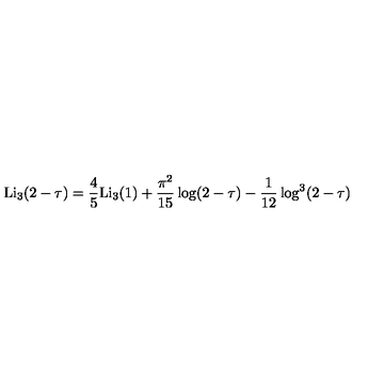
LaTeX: \mathrm { L i } _ { 3 } ( 2 - \tau ) = \frac { 4 } { 5 } \mathrm { L i } _ { 3 } ( 1 ) + \frac { \pi ^ { 2 } } { 1 5 } \log ( 2 - \tau ) - \frac { 1 } { 1 2 } \log ^ { 3 } ( 2 - \tau )